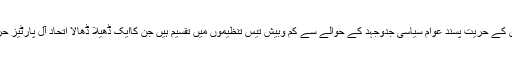
*وادی کی صورت حال یہ ہے کہ وہاں کے حریت پسند عوام سیاسی جدوجہد کے حوالے سے کم وبیش تیس تنظیموں میں تقسیم ہیں جن کاایک ڈھیلا ڈھالا اتحاد آل پارٹیز حریت کانفرنس کے نام سے موجود ہے۔